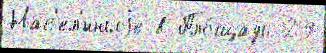
Нас'ел'́нныjе в Пло́щадь 29